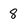
Character: 8